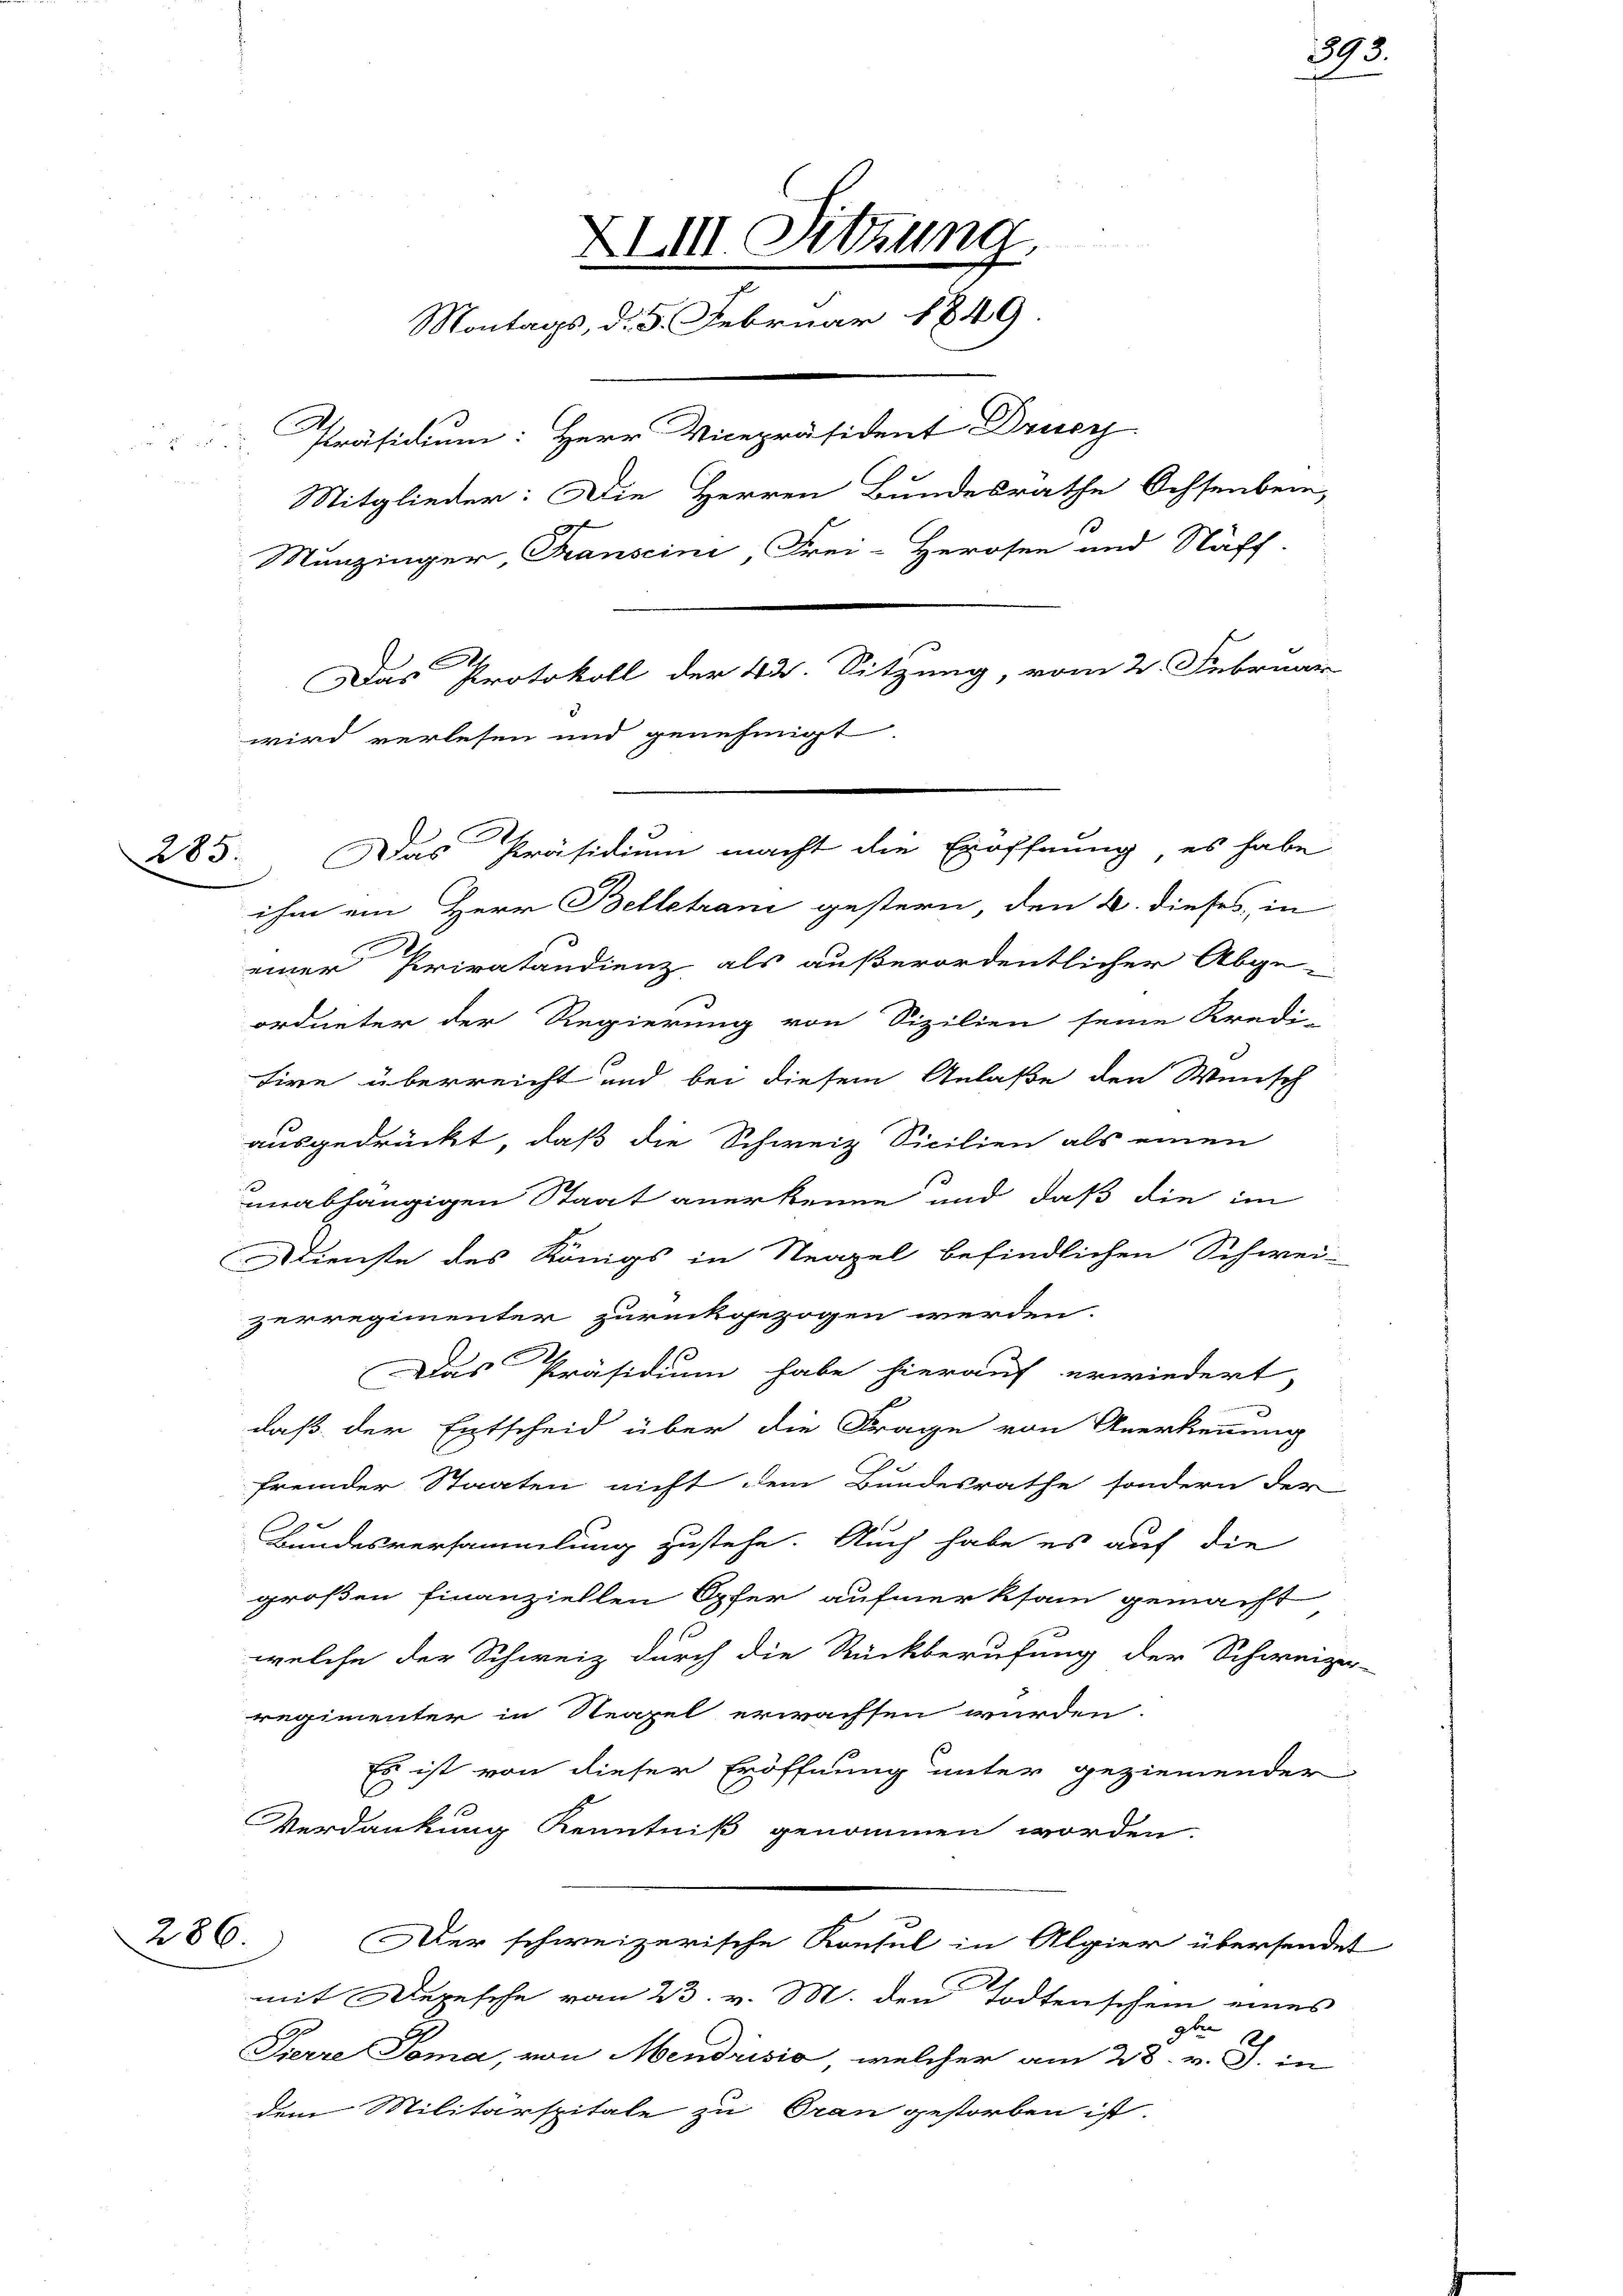
a

wird verlesen und genehmigt
285. Das Präsidium macht die Eröffnung, es habe
ihm ein Herr Belletrani gestern, den 4. dieses, in
einer Privatändienz als außerordentlicher Abge-
ordneter der Regierung von Sizilien seine Kredi-
tire überreicht und bei diesem Anlaße den Wunsch
ausgedrückt, daß die Schweiz Sicilien als einen
unabhängigen Staat anerkenne und daß die im
Dienste des Königs in Neapel befindlichen Schwei
zerregimenter zurückgezogen werden.
Das Präsidium habe hierauf erwiedert,
daß der Entscheid über die Frage von Anerkennung
fremder Staaten nicht dem Bundesrathe sondern der
2
Bundesversammlung zustehe. Auch habe es auf die
großen finanziellen Opfer aufmerksam gemacht
.
welche der Schweiz durch die Rückberufung der Schwei-
regimenter in Neapel erwachsen wurden.
Es ist von dieser Eröffnung unter geziemender
C
Verdankung Kenntniß genommen worden.
286. Der schweizerische Konsul in Algier übersendet
mit Depesche vom 23. v. M. den Todtenschein eines
dto 2
Pierre Toma, von Mendrisić, welcher am 28. v. J. in
dem Militärspitale zu Oran gestorben ist.

XIII. Sitzung
Montags, d. 5. Februar 1849.
Präsidium: Herr Vicepräsident Druc
Mitglieder: Die Herren Bundesräthe Ochsenbein,
Munzinger, Transcini, Frei-Herosen und Näff.
Das Protokoll der 42. Sitzung, vom 2. Februar

393.

.

zer